Bréfritari: Hildur Jónsdóttir Johnsen
Dagsetning: A-1844-06-20
Skrifað á: Húsavík  S-Þing.

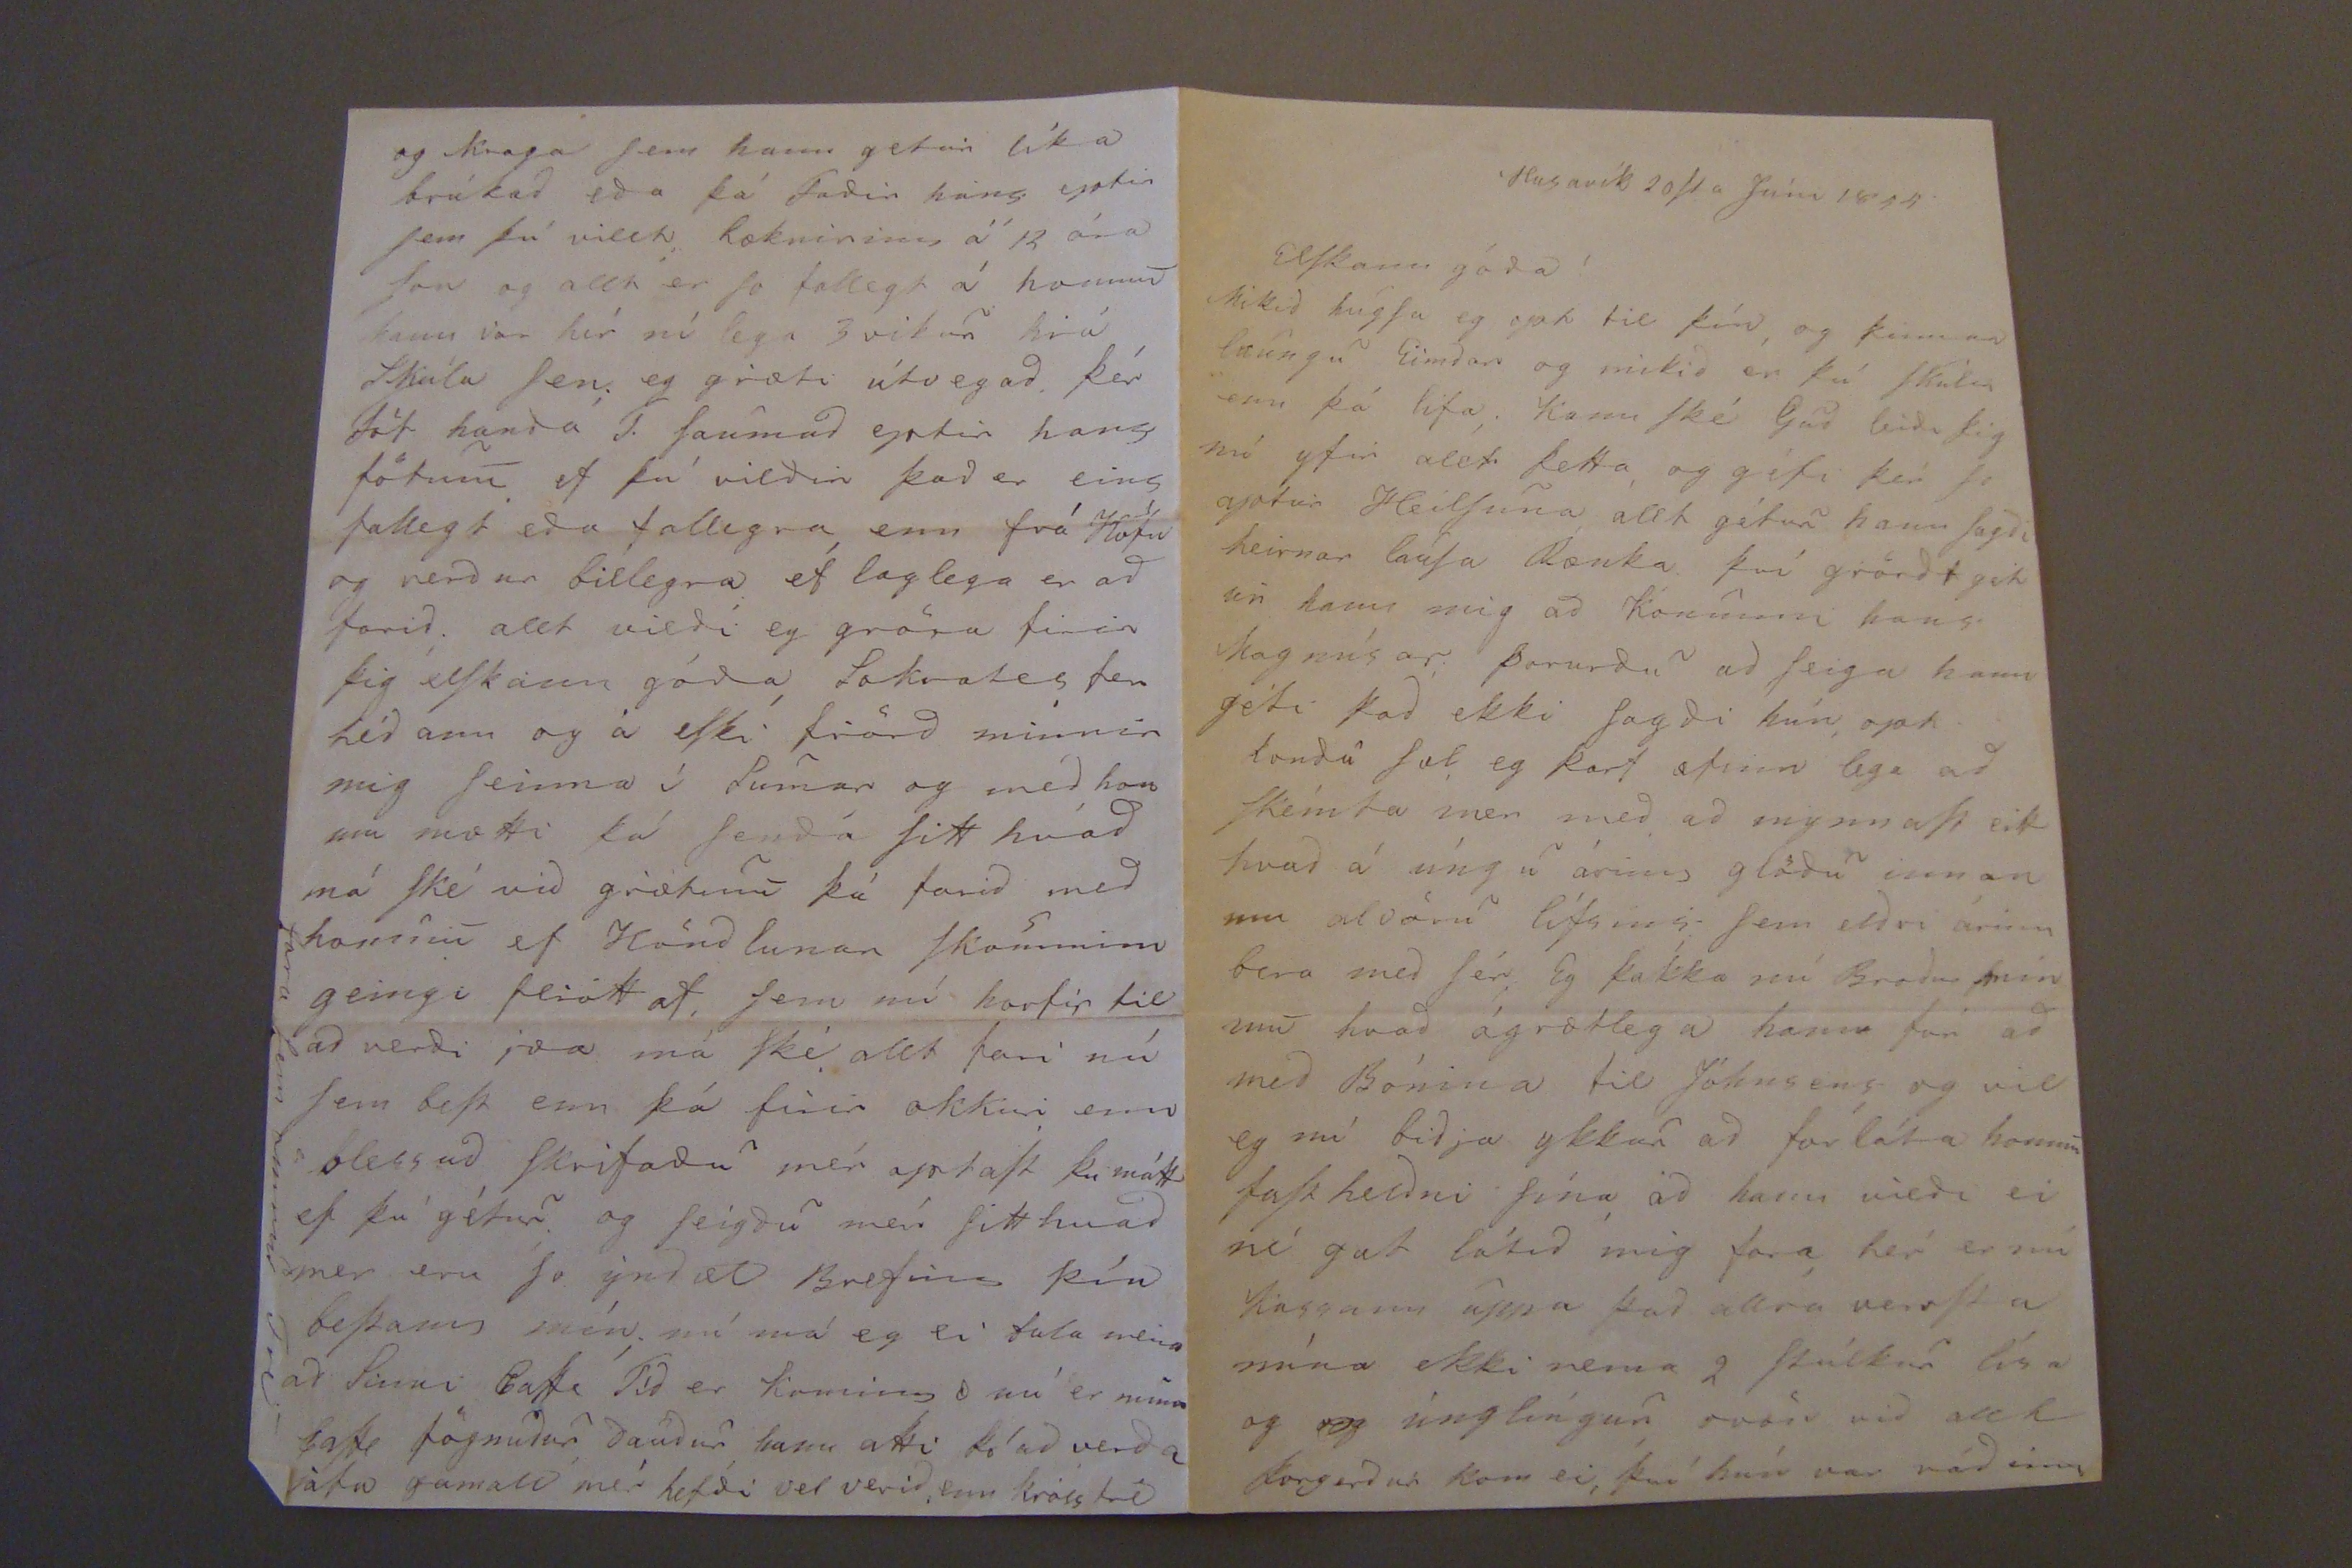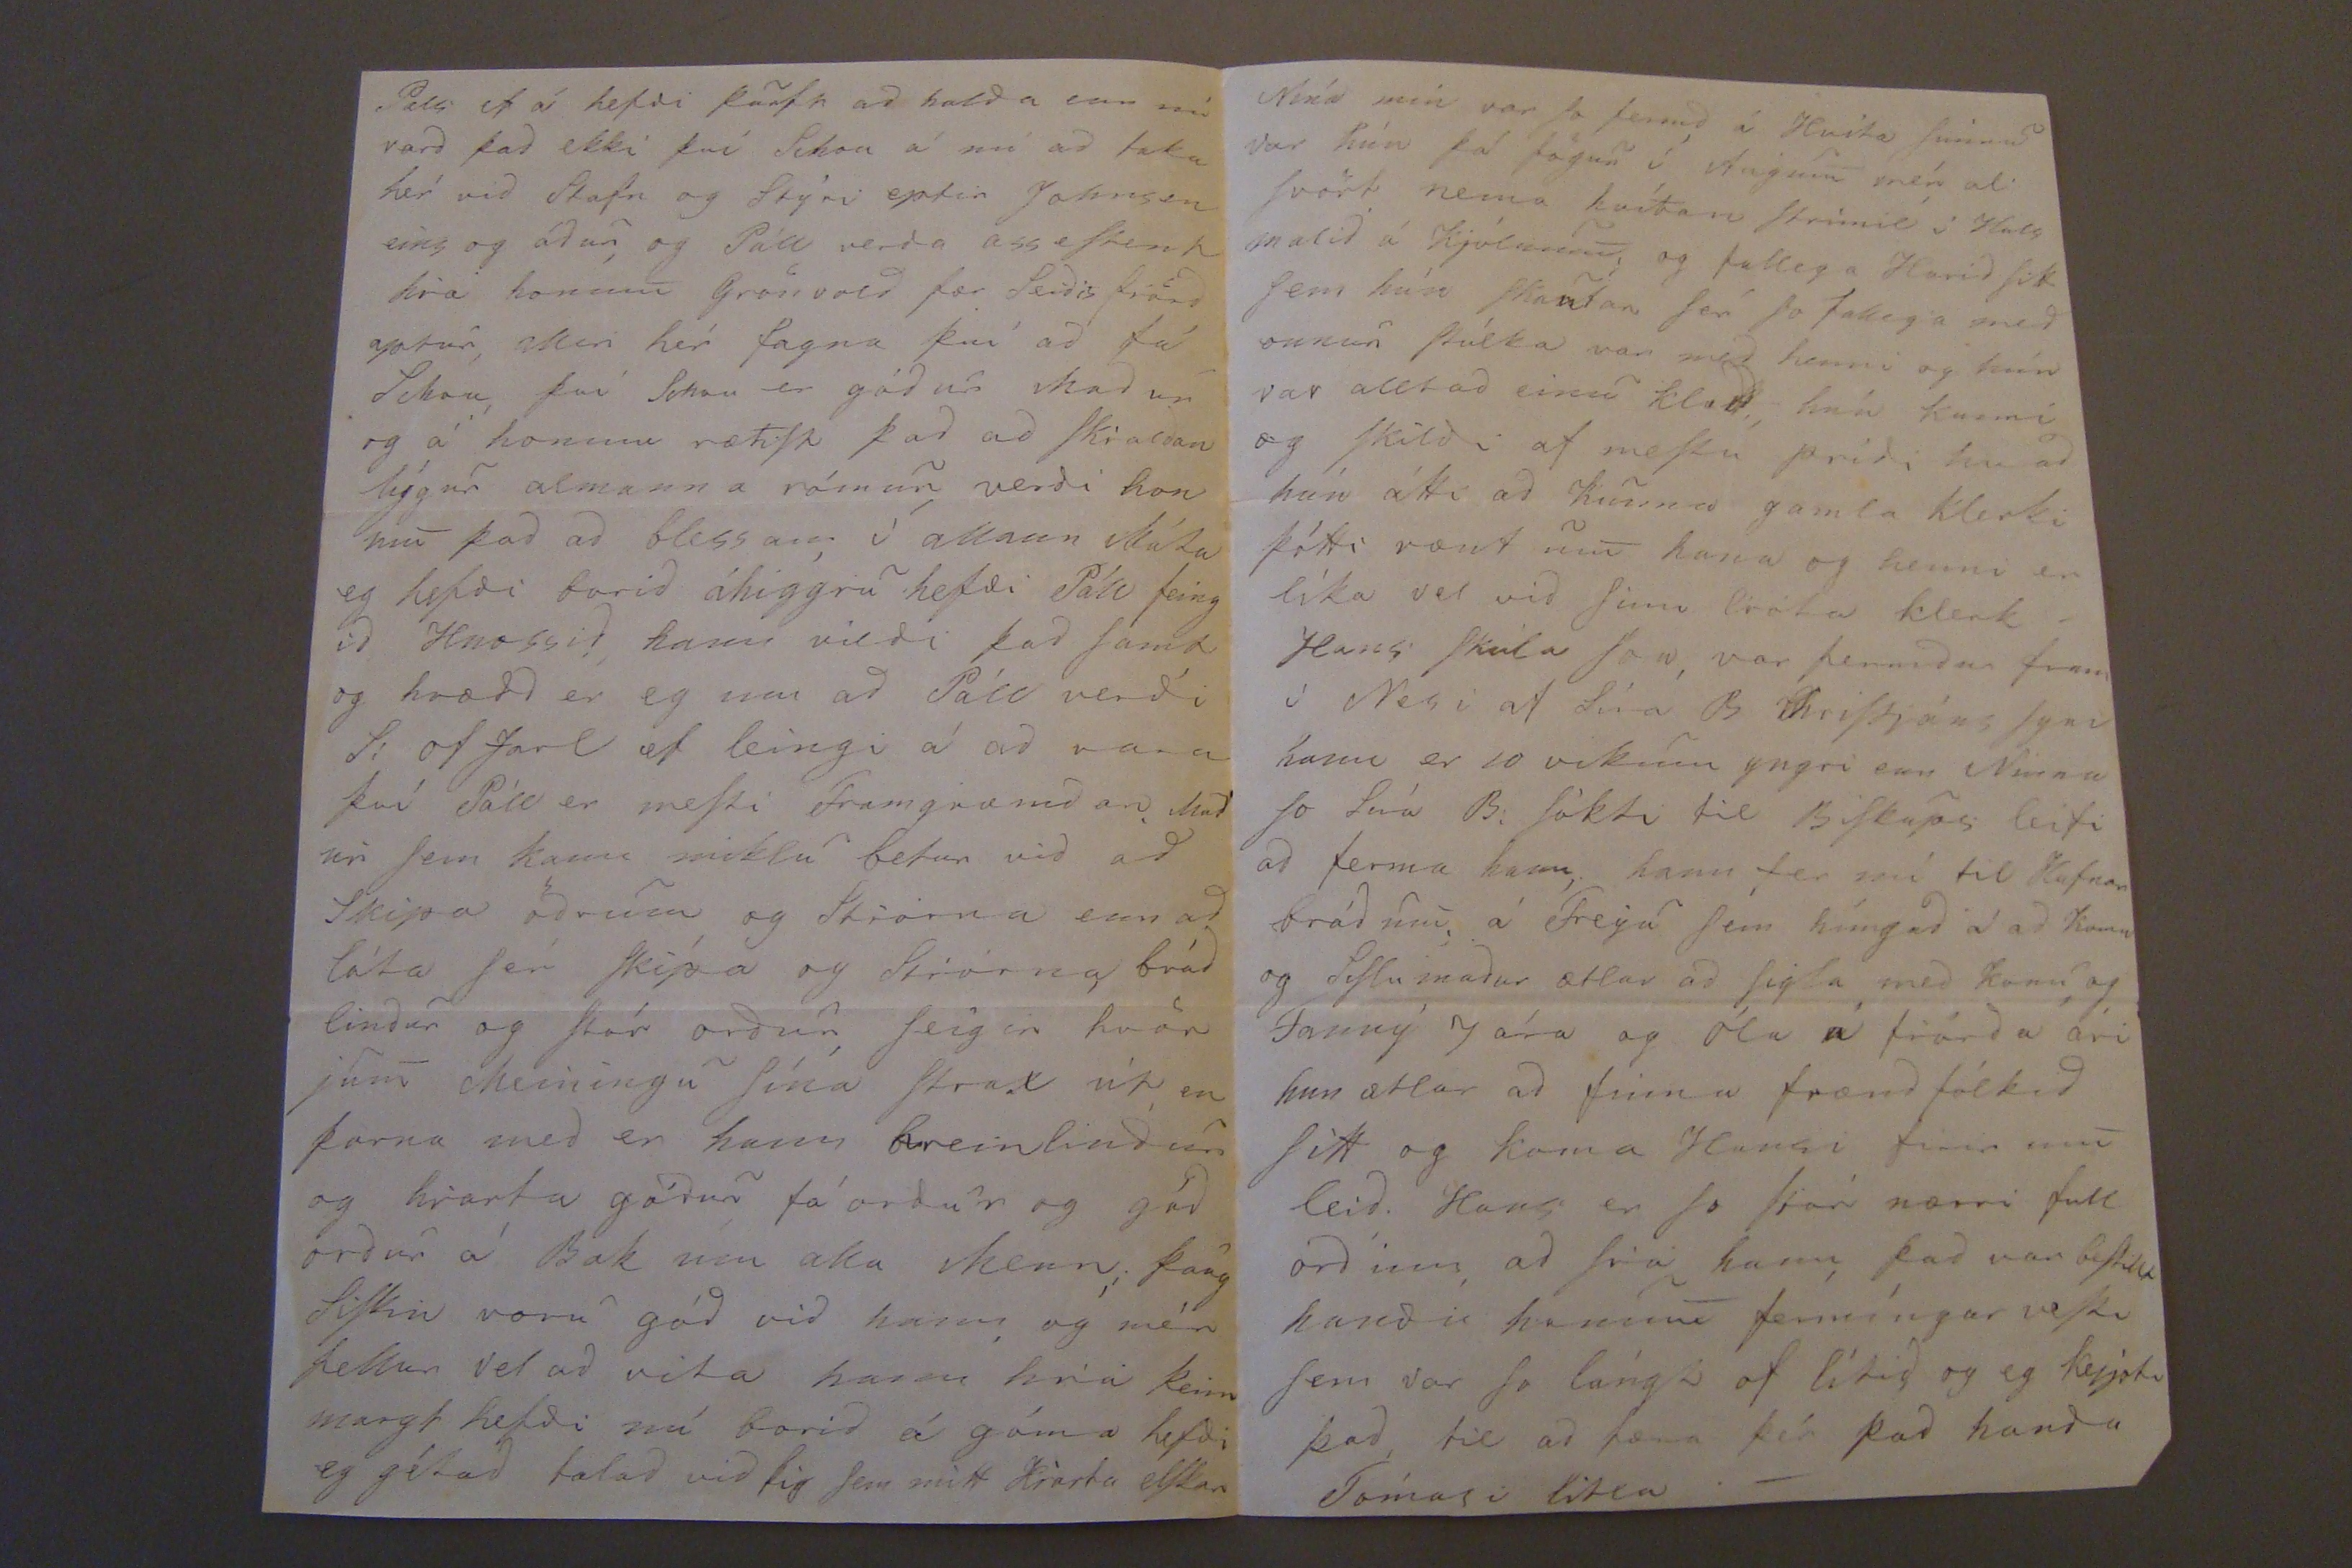

Husavík 20
Sta
Júni 1844
Eslkann góda!
Mikid hugSa eg opt til þín, og þinnar laungu Eimdar og mikid er þú
Skulan
enn þá lifa. Kann Ské Gud leidi þig nú yfir allt þetta og géfi þér So aptur HeilSuna allt gétur hann Sagdi heirnar lauSa frænka því grönd get ur hann mig ad konunni hans Magnúsar, Þarurdu ad Seiga hann géti þad ekki Sagdi hún opt kondu Sæl eg þarf æfinn lega ad Skémta mer med ad mynnaSt eitt hvad á úng u árinn glödu innan um alvöru lífsins. sem eldri árinn bera med Sér, Eg þakka nú Brodur þinum hvad ágætlega hann fór ad med Bónina til Jóhnsens, og vil eg nú bidja ykkur ad forláta honum
faStbidni
Sína ad hann vildi ei né gat látid mig fara hér er nú Kassann upp a þad allra verSt a núna ekki nema 2 Stúlkur lisa og
og
únglíngur
svör
vid allt Þorgerdar kom ei, því hún var rádinn
Pels ef á hefdi þarft ad halda enn nú vard þad ekki því Johan á nú ad taka hér vid Stafn og Stýri eptir Johnsen eins og ádur, og Páll verda asseStent hia honum Grunvald fær Seidisfiörd aptur, allir hér fagna því ad fá Johan, því Johan er gódur madur og á honum rætiSt þad ad Skialdan lýgur almann a rómur verdi hon um þad ad blessan, í allann Máta eg hefdi borid áhiggiu hefdi Páll feing id Hnossid, hann vildi þad Samt og hrædd er eg um ad Páll verdi S: ofJarl of leingi á ad vara því Páll er meSti Framgræmdari Mad ur Sem kann miiklu betur vid ad Skipa ödrum og Stiórna enn ad láta Sér Skípa og Stiórna, brád lindur og Stór ordur, Seigir hvör jum Meiningu Sína Strax út, en þarna mid er hann hreinlindur og hiarta gódur fá ordur og gód ordur á Bak um alla Menn; þaug SiSkin voru gód vid hann og mér fellur vel ad vita hann hiá þeim margt hefdi nú borid á góma hefdi eg gétad talad vid þig Sem mitt Hiarta elSkar
og kraga Sem hann getur líka brúkad eda þá Fadir hans eptir Sem þú villt læknirinn á 12 ára Son og allt er So fallegt á honum hann var hér ní lega 3 vikur hiá Skúla Sem eg giæti útvegad. þér föt handa T. Saumad eptir hans fötum. ef þú vildir þad er eins fallegt eda fallegra enn frá Höfn og verdur billegra ef laglega er ad farid. allt vildi eg giöra firir þig elSkann góda Sokrates fer héd ann og á eSki fiörd minnir mig Seinna í Sumar og med, hon um mætti þá Senda Sitt hvad má Ské vid giætum þá farid med honum ef Hönd lunar Skömminn geingi fliótt af, Sem nú horfir til ad verdi
svo
má Ské allt fari nú Sem beSt enn þá firir okkur enn blessud Skrfiadu mér optaSt þu mátt ef þú gétur. og Seigdu mér Sitt hvad mer eru So ýndæl Brefinn þín beStann mín. nú má eg ei tala meira ad Sinni
Patte Tíd
er kominn æ nú er minn patte fögnudur Daudur hann atti Þó ad verda jafn gamall mér hefdi vel verid, enn krosstré
fara Sem önnur Tré
Nína min var So fermd á Hvíta Sunnu var hún þá fögur í Augum mér al Svört nema hvítan Strimil í Hals malid á Kjólnum, og falleg a Harid Sitt Sem hún Skautar Ser So fallega med onnur Stúlka var med henni og hún var allt ad einu klædd hún kunni og Skildi af meStu prídi hv ad hún átti ad kunna gamla klerki þótti vænt um hana og henni er líka vel vid Sinni liáta klerk Hans Skúla Jon, var fermdur fram í Nesi af Síra B ChriStjáns Syni hann er 10 vikum yngri enn Ninna So Síra B. Sókti til BiSkups leifi ad ferma hann, hann fer nú til Hafnar brádum, á Freyu Sem híngad á ad koma og SiSlumadur ætlar ad Sigla med konu og Fanný 7 ára og Óla á fiórda ári hun ætlar ad finna frænd fólkid Sitt og koma Hansi firir um leid. Hans er So Stór nærri full ord inn, ad Siá hann þad var
beStillt
handa honum fermíngar veSti Sem var So lángt of lítid og eg keypti þad, til ad færa þér, þad handa Tómasi litla.